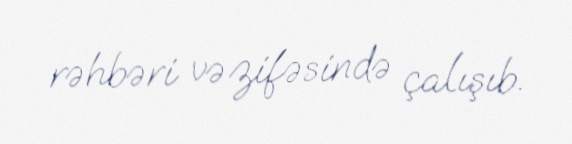
rəhbəri vəzifəsində çalışıb.